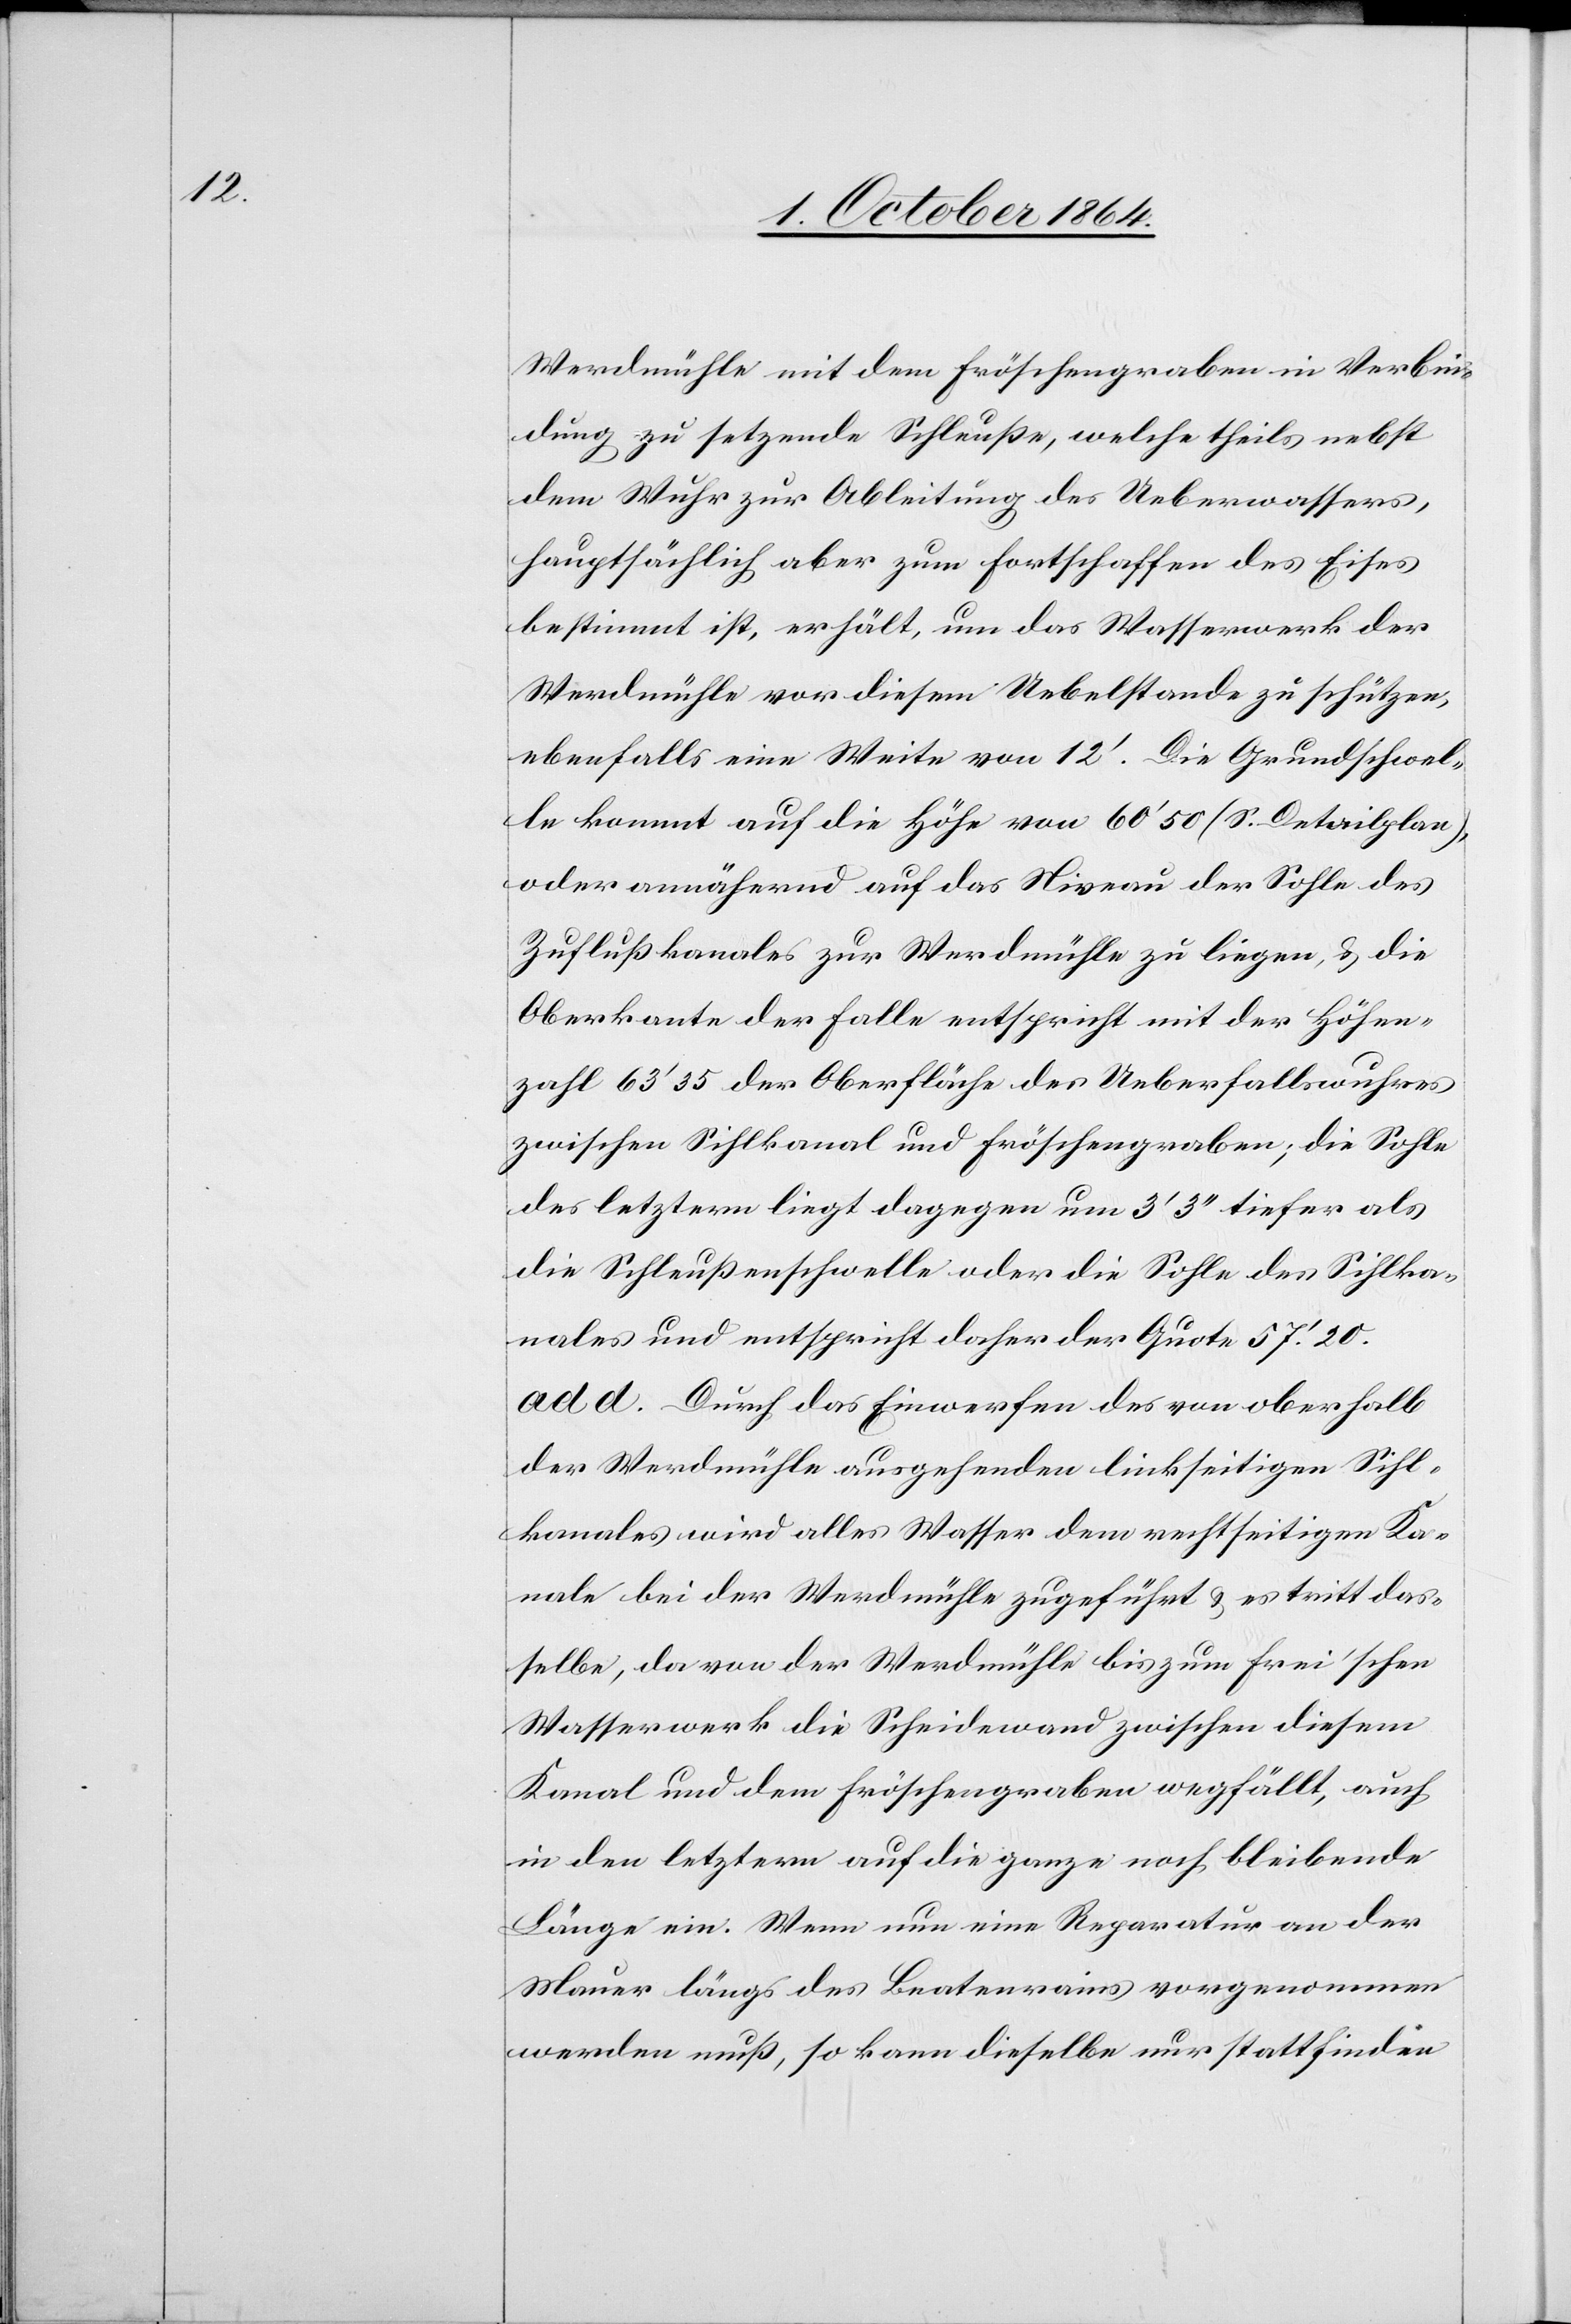
Werdmühle mit dem Fröschengraben in Verbin¬
dung zu setzende Schleuße, welche theils nebst
dem Wuhr zur Ableitung des Ueberwassers,
hauptsächlich aber zum Fortschaffen des Eises
bestimmt ist, erhält, um das Wasserwerk der
Werdmühle von diesem Uebelstande zu schützen,
ebenfalls eine Weite von 12’. Die Grundschwel¬
le kommt auf die Höhe von 60’50 (S. Detailplan),
oder annähernd auf das Niveau der Sohle des
Zuflußkanales zur Werdmühle zu liegen & die
Oberkante der Falle entspricht mit der Höhen¬
zahl 63’35 der Oberfläche des Ueberfallswuhres
zwischen Sihlkanal und Fröschengraben; die Sohle
des letztern liegt dagegen um 3’3’’ tiefer als
die Schleußenschwelle oder die Sohle des Sihlka¬
nales und entspricht daher der Quote 57.20.
ad d. Durch das Einwerfen des von oberhalb
der Werdmühle ausgehenden linksseitigen Sihl¬
kanales wird alles Wasser dem rechtseitigen Ka¬
nale bei der Werdmühle zugeführt & es tritt das¬
selbe, da von der Werdmühle bis zum Frei’schen
Wasserwerk die Scheidewand zwischen diesem
Kanal und dem Fröschengraben wegfällt, auch
in den letztern auf die ganze noch bleibende
Länge ein. Wenn nun eine Reparatur an der
Mauer längs des Beatenrains vorgenommen
werden muß, so kann dieselbe nur stattfinden